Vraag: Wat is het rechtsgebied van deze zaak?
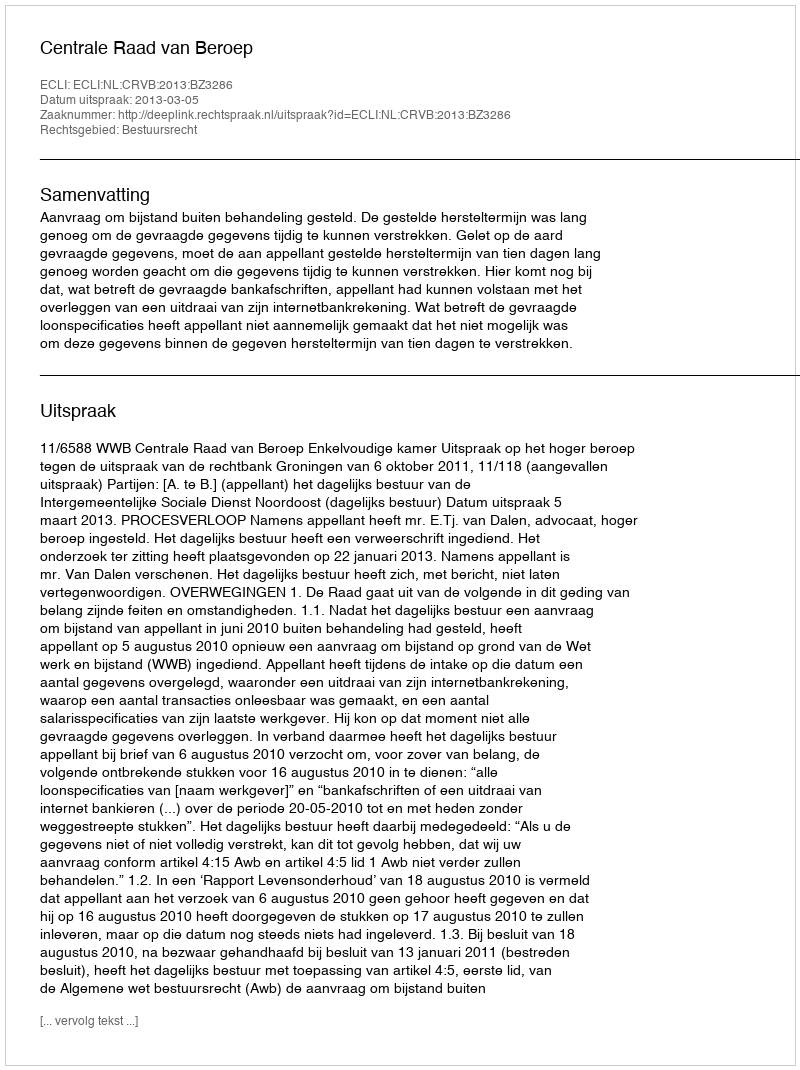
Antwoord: Bestuursrecht